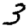
Digit: 3